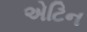
એટિન